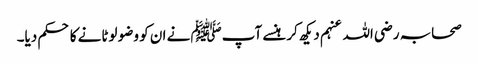
صحابہ رضی اللہ عنہم دیکھ کر ہنسے آپﷺ نے ان کو وضو لوٹانے کا حکم دیا۔